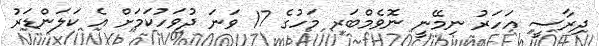
ދިރާސީ އަހަރު ނިމޭނީ ނޮވެމްބަރ މަހުގެ 17 ވަނަ ދުވަހުކަމަށް އެ ކަލަންޑަރު